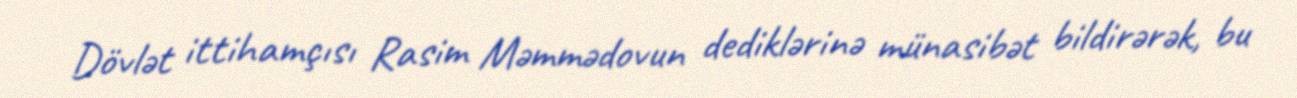
Dövlət ittihamçısı Rasim Məmmədovun dediklərinə münasibət bildirərək, bu